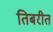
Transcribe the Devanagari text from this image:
तिबरीत